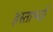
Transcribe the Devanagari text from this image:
हस्ताभ्याँ